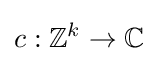
c:\mathbb {Z} ^{k}\to \mathbb {C}